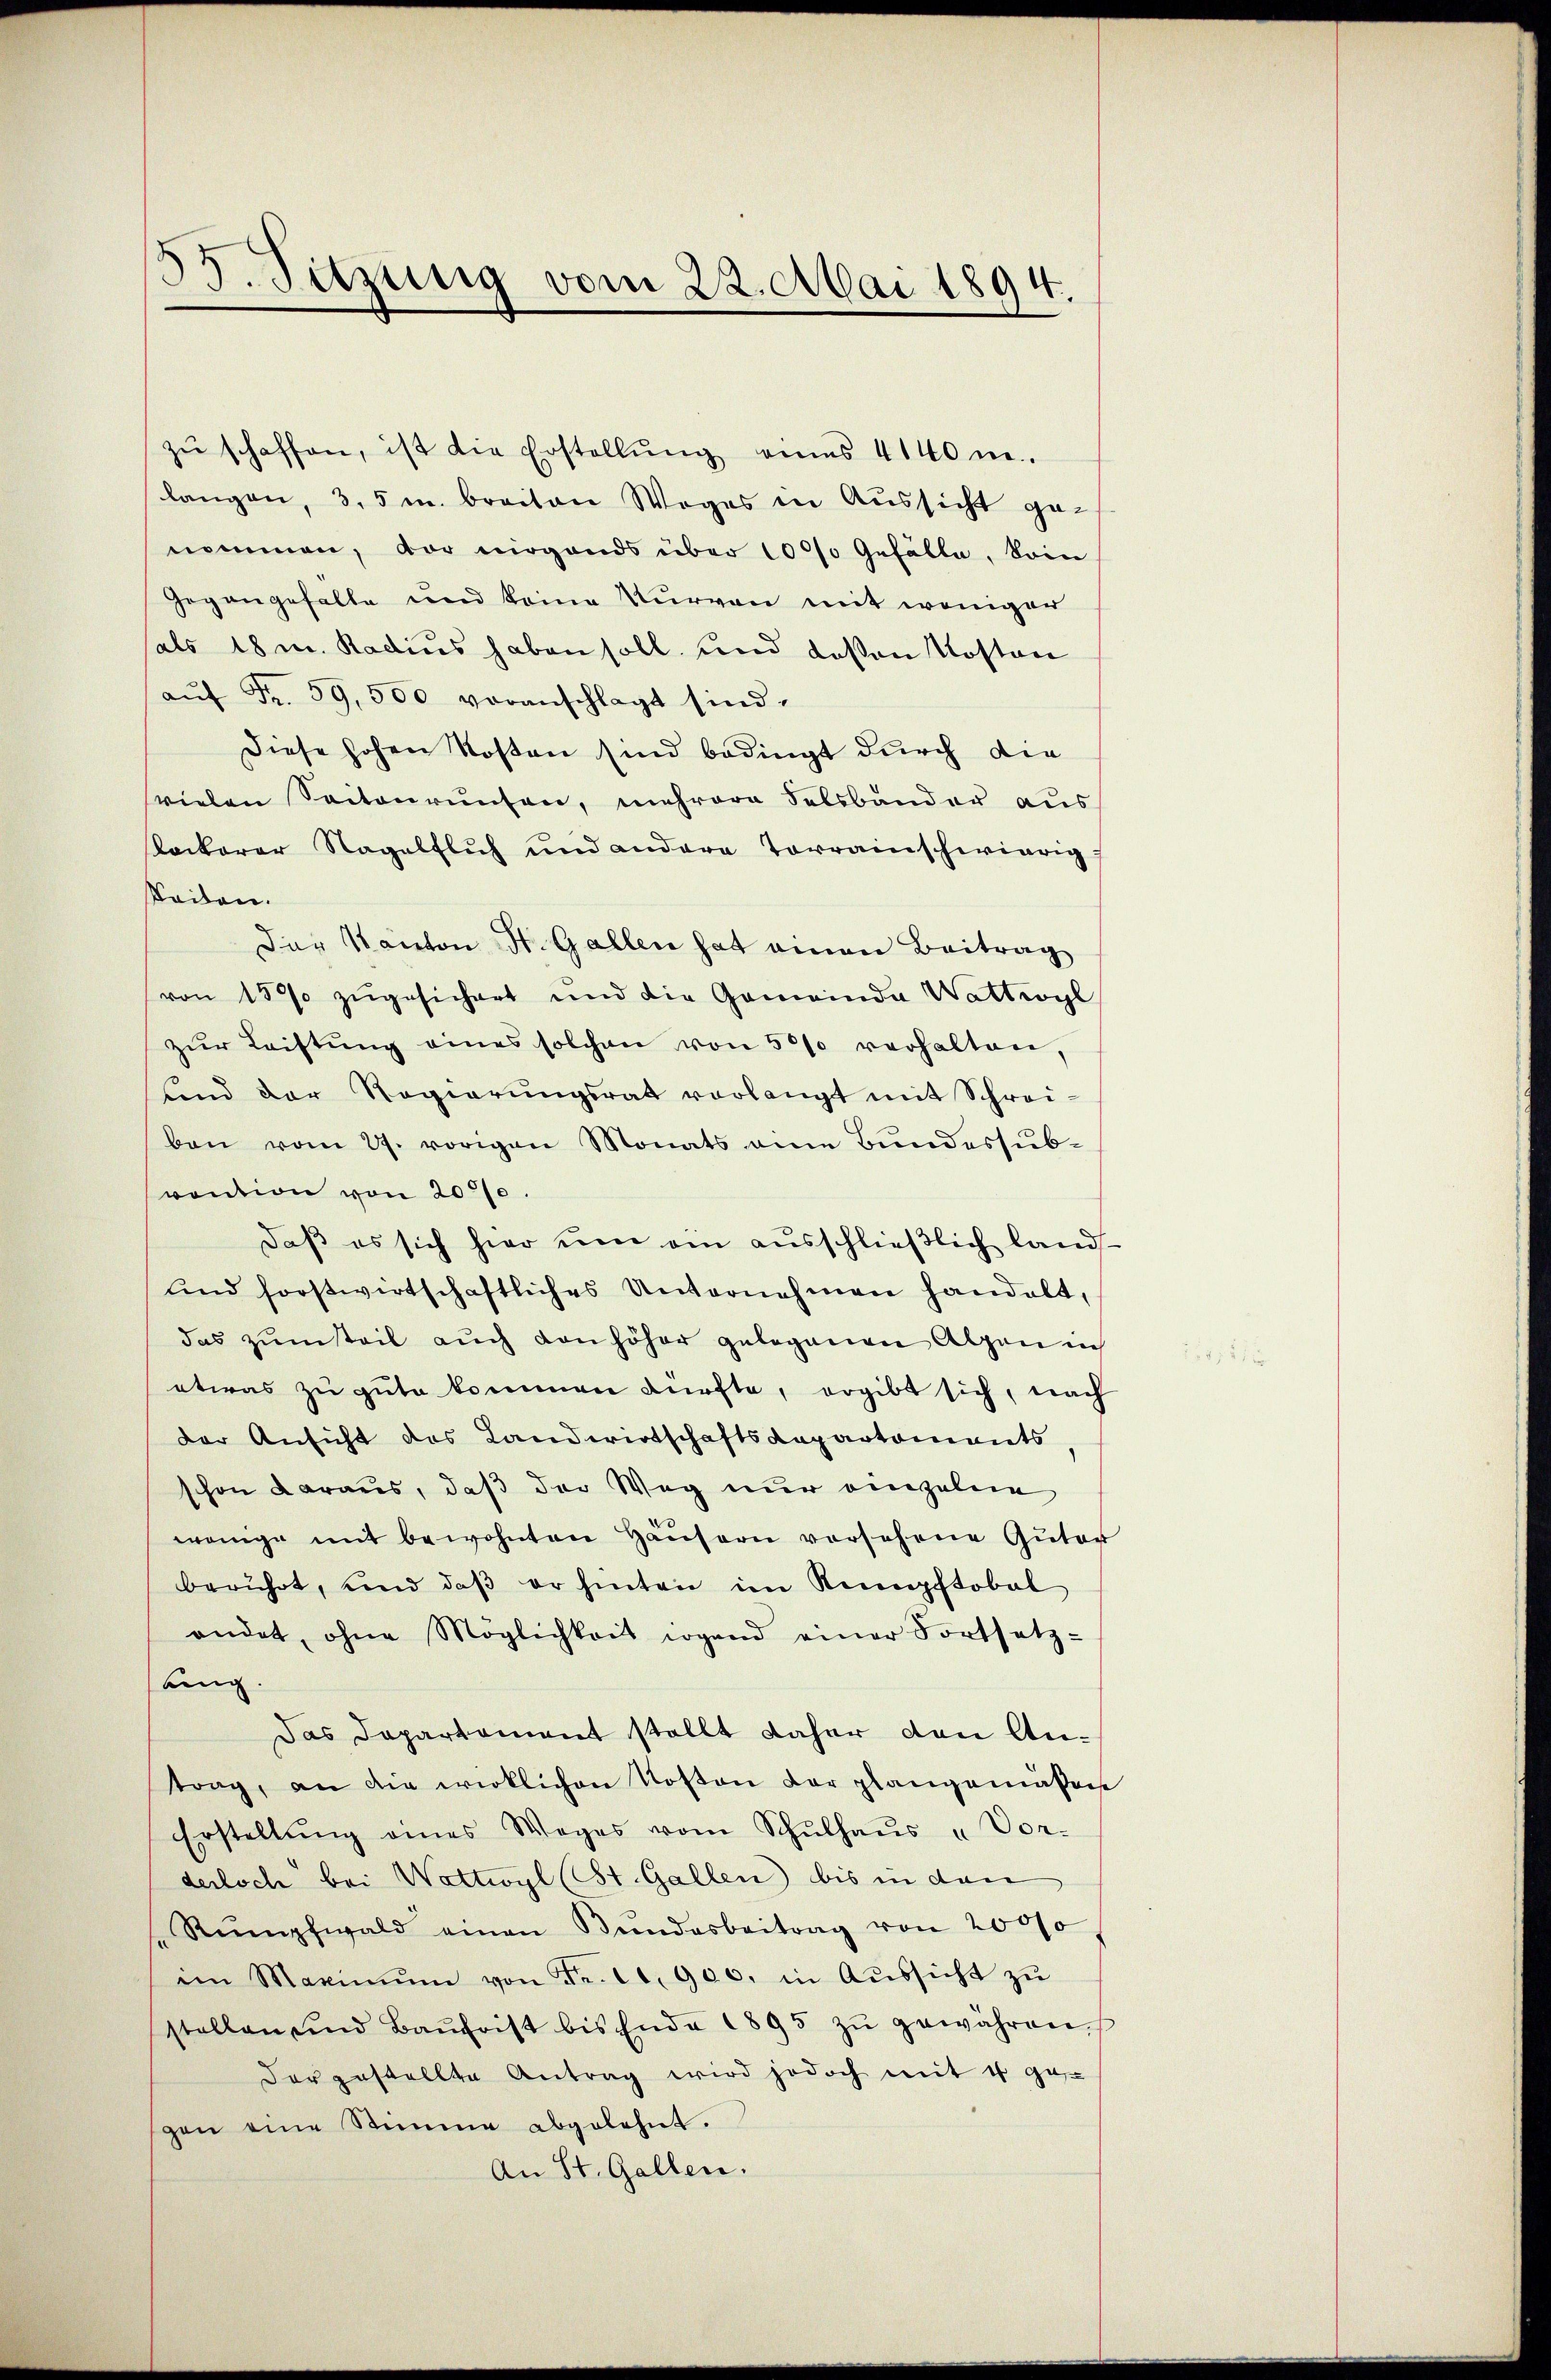
53. Sitzung vom 22. Mai 1894.

zŭ schaffen, ist die Erstellŭng eines 4140 n.
langen, 3,5 m breiten Weges in Aussicht ge-
nommen, vor nirgends über 1000 Gefälle, kein
gegangefalle und keine Kurven mit weniger
als 18 m. Radius haben soll und deßen Kosten
aŭf Fr. 59,500 voranschlagt sind.
Diese hohen Kosten sind bedingt durch die
vielen Saitonrunten, mehrere Felsbander aus
Kackerer Nagelflich und andere Vorrainschwierig
Seiten.
Der Kanton St. Gallen hat einen Beitrag
von 1500 zŭgesichert und die Gemeinda Wattwyl
zŭr Leistŭng eines solchen von 50% verhalten,
und der Regierŭngsrat vorlangt mit Schrei-
ben vom 27. vorigen Monats eine Bundessubvention von 2000.
daß es sich hier um ein ausschließlich land
und forstwirtschaftliches Unternehmen handelt,
das zum steil auch von höher gelegenen Alpen in
etwas zu gute kommen dürfte, ergibt sich, nach
der Ansicht des Landwirtschaftsdepartements
schon daraus, daß der Weg nur einzelne
wenige mit bewohnten Häŭsern versehene Güter
berührt, und daβ er hinten im Kumpftobal
andet, ohne Möglichkeit irgend einer Fortsetz-
bing.
Das Departament stellt daher den Antrag, an die wirklichen Kosten der plangemäßen
Erstellŭng eines Weges vom Schŭlhaŭs „Vor-
derloch bei Wattwyl (St. Gallen bis in den
Rŭmpfwald einen Bŭndesbeitrag von 20000
im Maximŭm von Fr. 10. 900. in Aŭssicht zŭ
stellen und Baŭfrist bis Ende 1895 zŭ gewähren.
der gestellte Antrag wird jedoch mit 4 ge-
gen eine Stimme abgelehnt.
An St. Gallen.